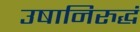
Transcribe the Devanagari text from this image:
उषानिरुद्धं